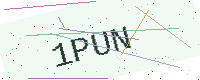
Text: 1PUN